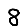
Digit: 8